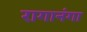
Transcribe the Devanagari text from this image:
रागानंगा